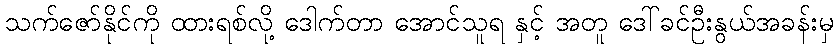
သက်ဇော်နိုင်ကို ထားရစ်လို့ ဒေါက်တာ အောင်သူရ နှင့် အတူ ဒေါ်ခင်ဦးနွယ်အခန်းမှ